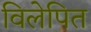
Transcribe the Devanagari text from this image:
विलेपित